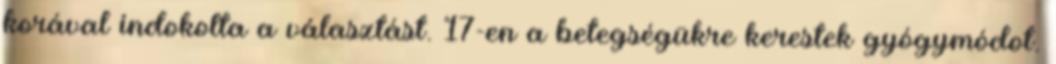
korával indokolta a választást. 17-en a betegségükre kerestek gyógymódot.